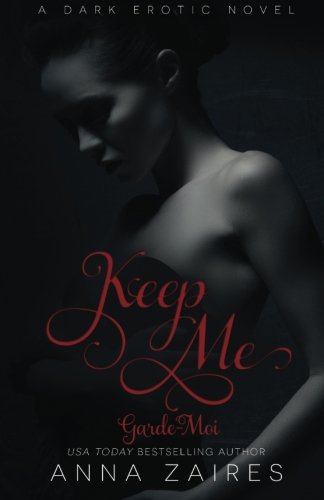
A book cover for Keep Me - Garde-Moi: L'EnlÃ¨vement t. 2 (Volume 2) (French Edition); Anna Zaires; Literature & Fiction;